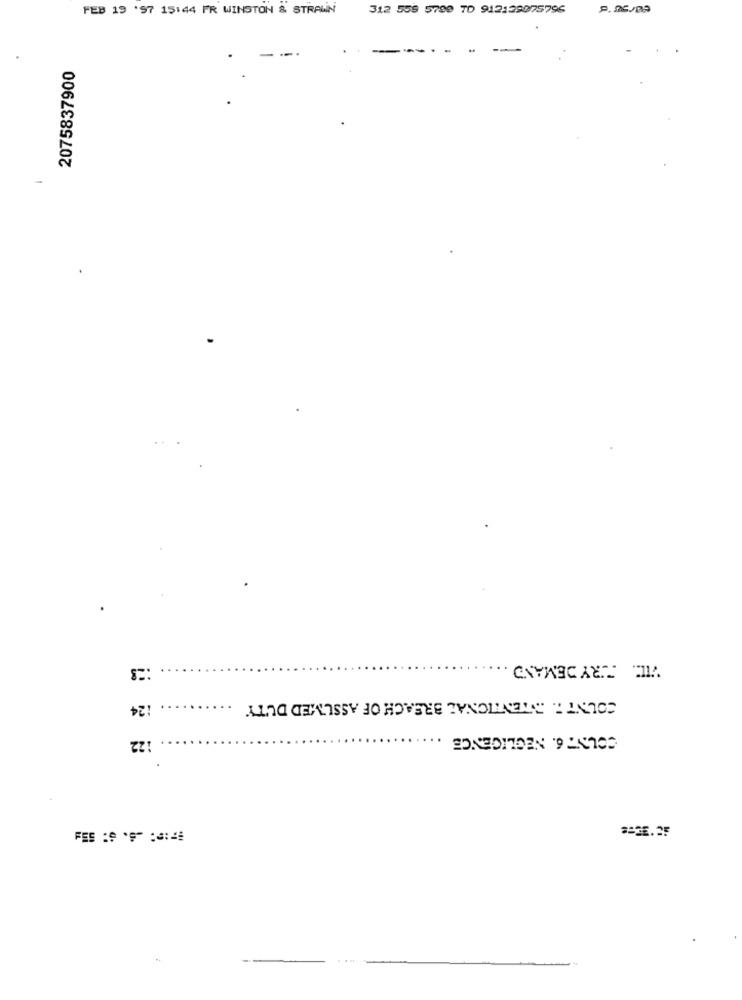
FEB 19 '97 15:44 PR WINSTON & STRAWIN
.
2075837900
-
VID. FURYDEMAND
124
COUNT W INTENTIONAL BREACH OF ASSUMED DUTY
122
COUNT 6. NEGLIGENCE ..